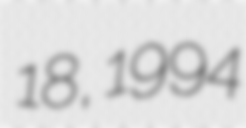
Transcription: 18, 1994